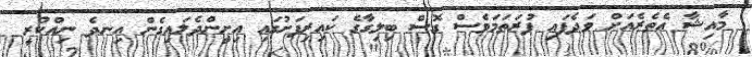
މާއިޝާ އެތެރެއަށް ވަދެފައި ފުރަތަމަވެސް ގޮސް ބިލިގާގެ ކައިރިފަށުގައި އިށީންދެލައިގެން އިނދެ ނިއްކުރީ